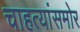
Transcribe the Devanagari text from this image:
चाहत्यांसमोर